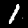
Digit: 1